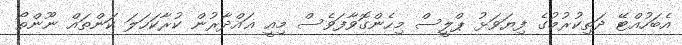
އެބަހުއްޓޭ ދަތިކުރުމުގެ ފިޔަވަޅު ޕްލީސް މިހެންގޮވާފަވެސް މިއީ ޣައްދާރުން ކުރާކަހަލަ ކަންތައް ނޫންތޯ